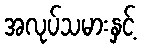
အလုပ်သမားနှင့်